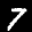
Label: 7